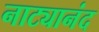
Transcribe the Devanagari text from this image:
नाट्यानंद